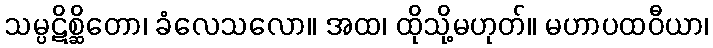
သမ္ပဋိစ္ဆိတော၊ ခံလေသလော။ အထ၊ ထိုသို့မဟုတ်။ မဟာပထဝီယာ၊